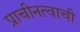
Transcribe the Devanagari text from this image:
प्राचीनत्वाची